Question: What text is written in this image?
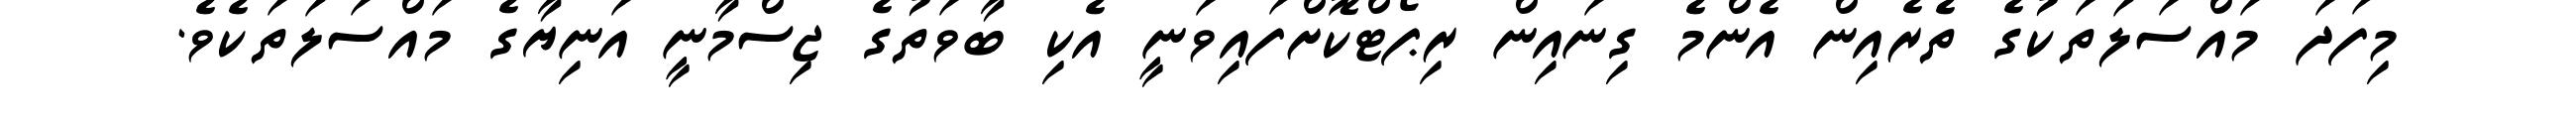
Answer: މިފަދަ މައްސަލަތަކުގެ ތެރެއިން އެންމެ ގިނައިން ރިޕޯޓްކޮށްފައިވަނީ އެކި ބާވަތުގެ ޖިސްމާނީ އަނިޔާގެ މައްސަލަތަކެވެ.